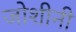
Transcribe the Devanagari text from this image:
जोशीनी